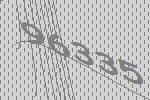
96335